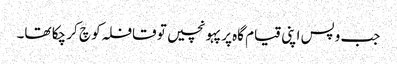
جب وپس اپنی قیام گاہ پر پہو نچیں تو قافلہ کو چ کر چکا تھا۔